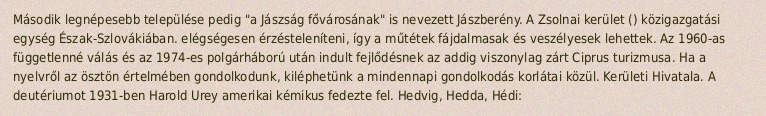
Második legnépesebb települése pedig "a Jászság fővárosának" is nevezett Jászberény. A Zsolnai kerület () közigazgatási egység Észak-Szlovákiában. elégségesen érzésteleníteni, így a műtétek fájdalmasak és veszélyesek lehettek. Az 1960-as függetlenné válás és az 1974-es polgárháború után indult fejlődésnek az addig viszonylag zárt Ciprus turizmusa. Ha a nyelvről az ösztön értelmében gondolkodunk, kiléphetünk a mindennapi gondolkodás korlátai közül. Kerületi Hivatala. A deutériumot 1931-ben Harold Urey amerikai kémikus fedezte fel. Hedvig, Hedda, Hédi: